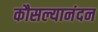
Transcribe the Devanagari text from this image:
कौसल्यानंदन